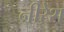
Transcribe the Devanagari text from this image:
नीरेश